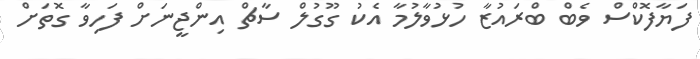
ފަޔާފޮކްސް ވެބް ބްރައުޒާ ހުޅުވާލުމާ އެކު ގޫގުލް ސާޗް އިންޖީނަށް ފަހިވާ ގޮތަށް